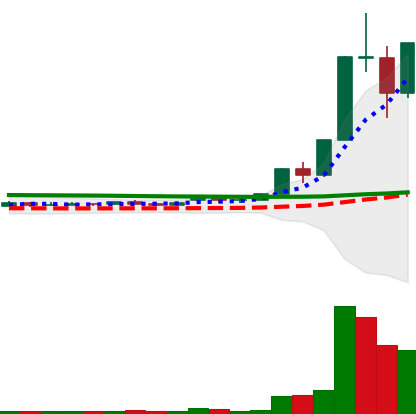
Ticker: XLM-USD
Chart end date: 2020-11-27
Forward return: -10.299%
Label: down_7plus